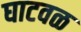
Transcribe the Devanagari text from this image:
घाटवळ